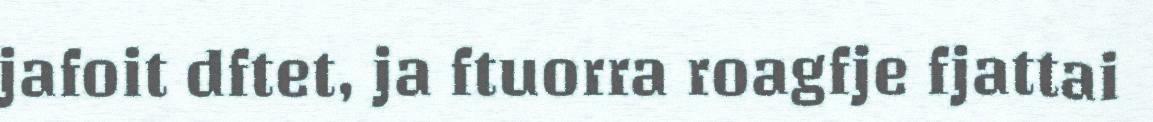
jafoit dftet, ja ftuorra roagfje fjattai